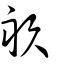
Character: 畞